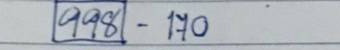
998 - 170